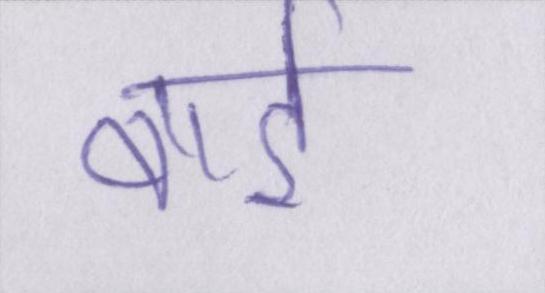
वार्ड